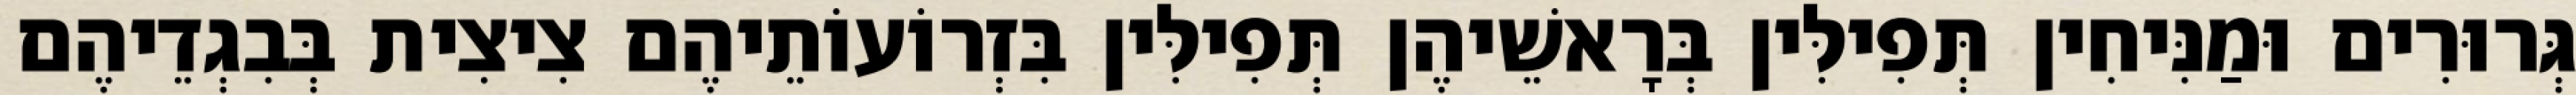
גְּרוּרִים וּמַנִּיחִין תְּפִילִּין בְּרָאשֵׁיהֶן תְּפִילִּין בִּזְרוֹעוֹתֵיהֶם צִיצִית בְּבִגְדֵיהֶם